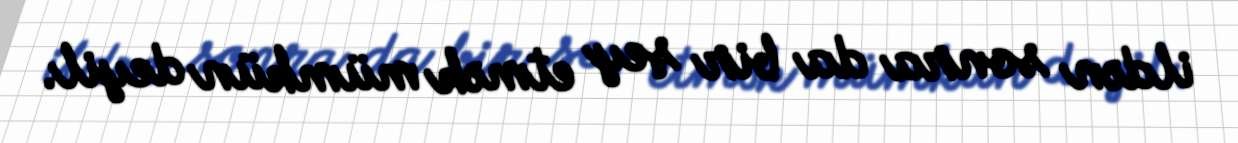
ildən sonra da bir şey etmək mümkün deyil.